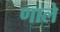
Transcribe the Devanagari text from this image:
णाले